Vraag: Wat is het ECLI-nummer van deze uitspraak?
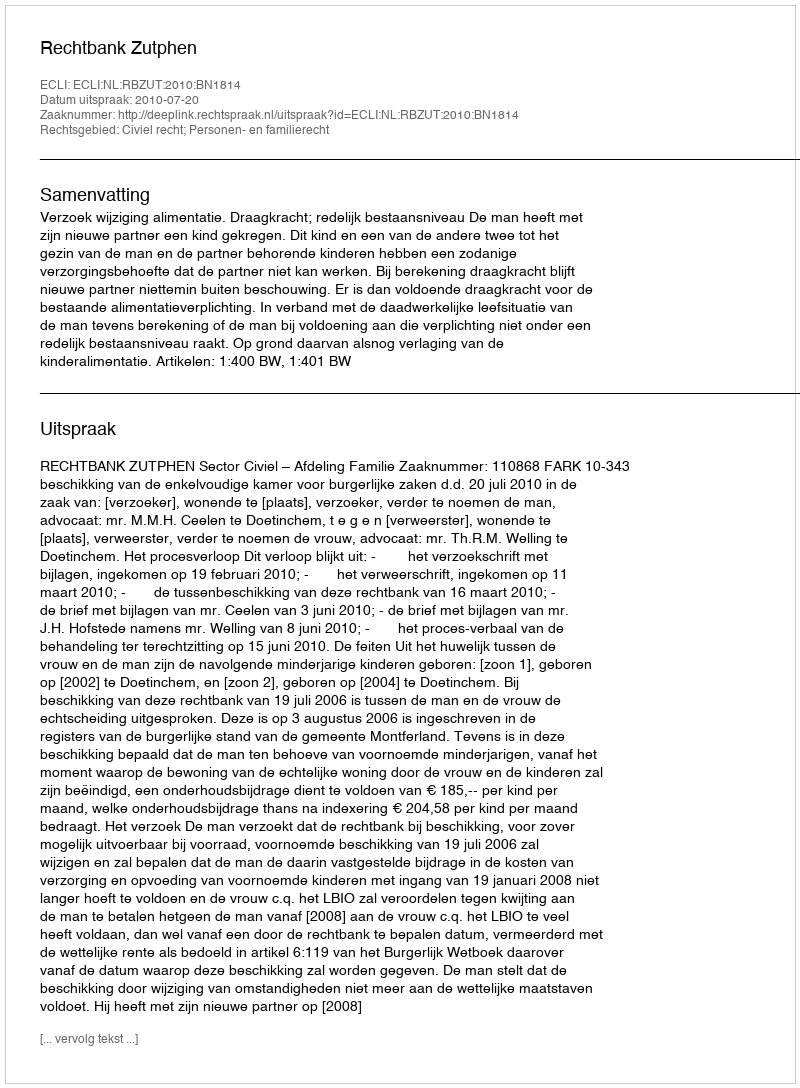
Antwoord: ECLI:NL:RBZUT:2010:BN1814